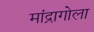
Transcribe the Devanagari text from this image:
मांद्रागोला